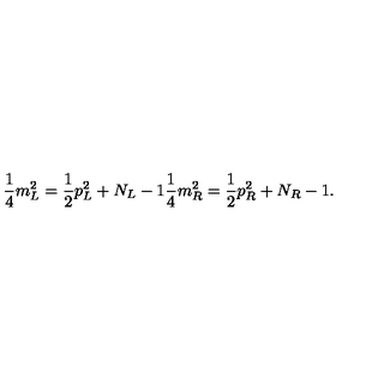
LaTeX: \frac { 1 } { 4 } m _ { L } ^ { 2 } = \frac { 1 } { 2 } p _ { L } ^ { 2 } + N _ { L } - 1 \frac { 1 } { 4 } m _ { R } ^ { 2 } = \frac { 1 } { 2 } p _ { R } ^ { 2 } + N _ { R } - 1 .